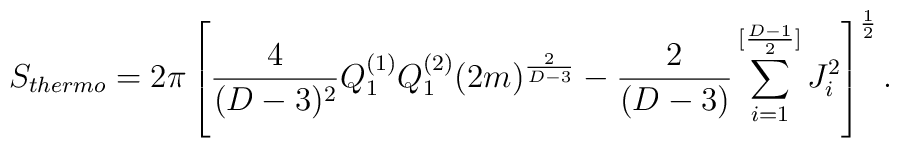
S_{thermo}=2\pi \left[{4\over {(D-3)^2}}Q^{(1)}_1Q^{(2)}_1(2m)^{2\over{D-3}}-{{2}\over{(D-3)}}\sum_{i=1}^{[{{D-1}\over 2}]} J^2_i\right]^{1\over 2}.